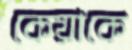
কেয়াকে